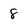
Character: 8